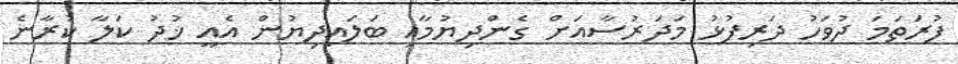
ފުރަތަމަ ދުވަހު ދަރިފުޅު މަދަރުސާއަށް ގެންދިޔުމާއި ބަލައިދިޔުން އެއީ ޚުދު ކަލާ ކުރާނެ